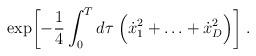
LaTeX: \begin{align*}\exp \biggl[ - \frac{1}{4} \int_0^T d\tau \; \Bigl(\dot{x}_1^2 + \ldots + \dot{x}_D^2 \Bigr) \biggr] \; . \end{align*}